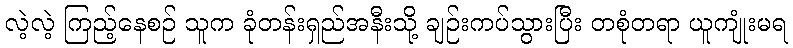
လဲ့လဲ့ ကြည့်နေစဉ် သူက ခုံတန်းရှည်အနီးသို့ ချဉ်းကပ်သွားပြီး တစုံတရာ ယူကျုံးမရ